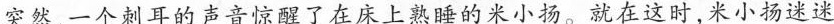
突然,一个刺耳的声音惊醒了在床上熟睡的米小扬。就在这时,米小扬迷迷